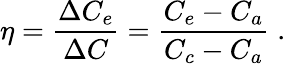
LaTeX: \eta=\frac{\Delta C_{e}}{\Delta C}=\frac{C_{e}-C_{a}}{{C_{c}}-C_{a}}\; .